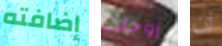
إضافته زوجات أن